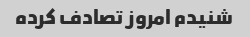
شنیدم امروز تصادف کرده